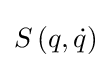
S\left(q,{\dot {q}}\right)